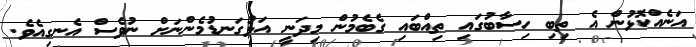
އަނެއްކޮޅުން އެ ތިބި ހިސާބުގައި ތިއްބައި ގެބެމުން މިދަނީ އަޅުގަނޑުމެންނަށް ނުވެސް އެނގިއެވެ.